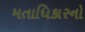
મતાધિકારનો